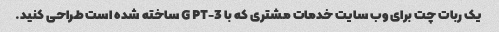
یک ربات چت برای وب سایت خدمات مشتری که با GPT-3 ساخته شده است طراحی کنید.